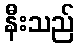
နီးသည်